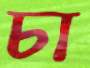
চা